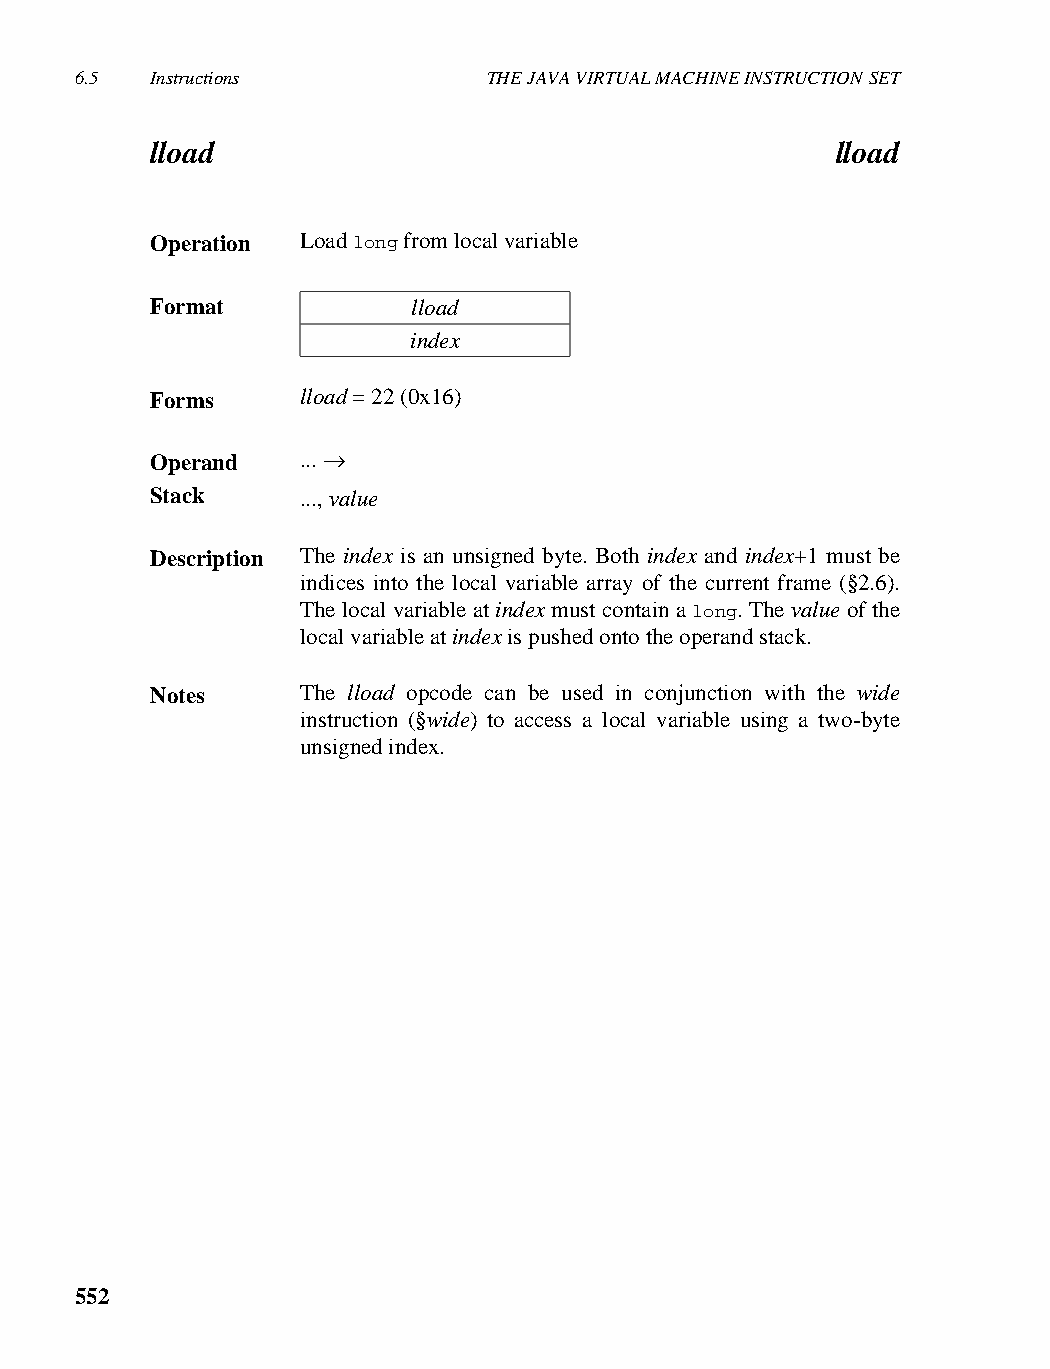
6.5  Instructions          THE JAVA VIRTUAL MACHINE INSTRUCTION SET
 lload                                        lload
 Operation Load long from local variable
 Format           lload
 index
 Forms     lload = 22 (0x16)
 Operand   ... →
 Stack     ..., value
 Description The index is an unsigned byte. Both index and index+1 must be
 indices into the local variable array of the current frame (§2.6).
 The local variable at index must contain a long. The value of the
 local variable at index is pushed onto the operand stack.
 Notes     The lload opcode can be used in conjunction with the wide
 instruction (§wide) to access a local variable using a two-byte
 unsigned index.
 552